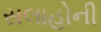
સલાહોની